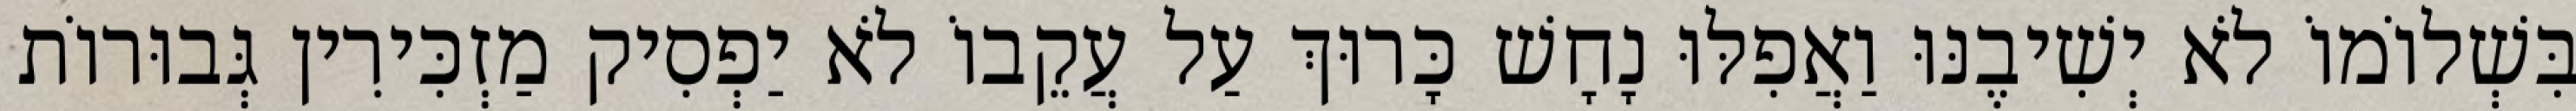
בִּשְׁלוֹמוֹ לֹא יְשִׁיבֶנּוּ וַאֲפִלּוּ נָחָשׁ כָּרוּךְ עַל עֲקֵבוֹ לֹא יַפְסִיק מַזְכִּירִין גְּבוּרוֹת